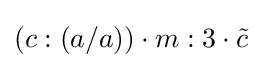
(c:(a/a))\cdot m:3\cdot {\tilde {c}}